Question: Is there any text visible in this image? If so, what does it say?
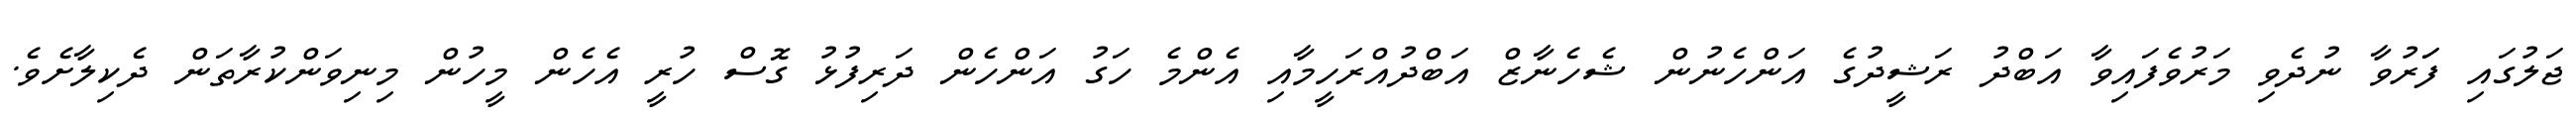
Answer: ޖަލުގައި ފަަރުވާ ނުދެވި މަރުވެފައިވާ އަބްދު ރަޝީދުގެ އަންހެނުން ޝެހެނާޒް އަބްދުއްރަހީމާއި އެންމެ ހަގު އަންހެން ދަރިފުޅު ގޮސް ހުރީ އެހެން މީހުން މިނިވަންކުރާތަން ދެކިލާށެވެ.